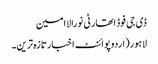
ڈی جی فوڈ اتھارٹی نورالاامین
لاہور(اردوپوائنٹ اخبارتازہ ترین۔